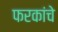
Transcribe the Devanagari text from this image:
फरकांचे